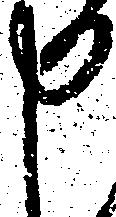
申